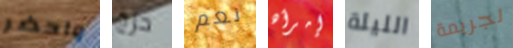
واحضر حرج نعم إمرأه الليلة لجريمة